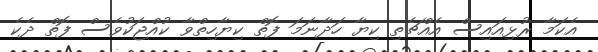
އެކަމާ ރުޅިއައިސް އެއްޗެތި ކިޔާ ހަދާނަމަ ފޮތް ކިޔާހިތްވާ ކުއްޖަކުވެސް ފޮތް ދެކެ